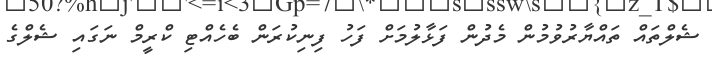
ޝެލްތައް ތައްޔާރުވުމުން މެދުން ފަޅާލުމަށް ފަހު ފިނިކުރަން ބެހެއްޓި ކްރީމް ނަގައި ޝެލްގެ